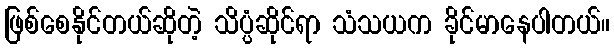
ဖြစ်စေနိုင်တယ်ဆိုတဲ့ သိပ္ပံဆိုင်ရာ သံသယက ခိုင်မာနေပါတယ်။